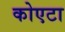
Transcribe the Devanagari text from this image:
कोएटा